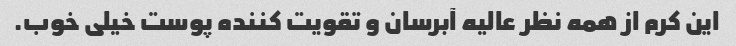
این کرم از همه نظر عالیه آبرسان و تقویت کننده پوست خیلی خوب.